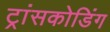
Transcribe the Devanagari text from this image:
ट्रांसकोडिंग